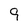
Character: q